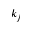
k _ { j }